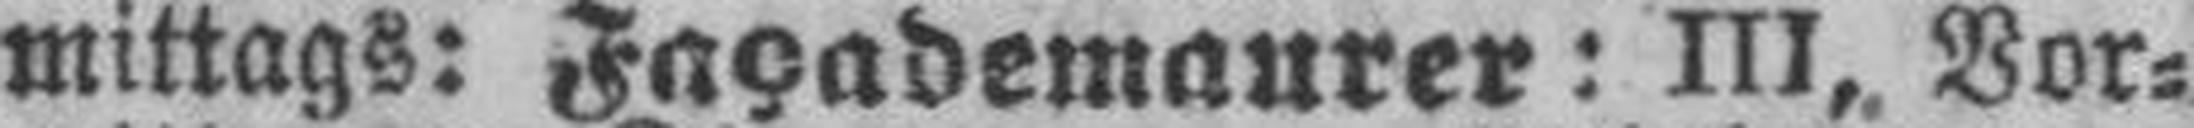
mittags: Façademaurer: III, Vor¬